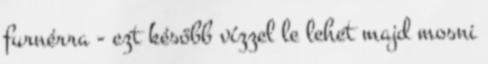
furnérra - ezt később vízzel le lehet majd mosni